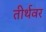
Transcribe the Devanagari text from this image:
तीर्थवर